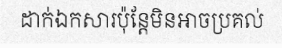
ដាក់ឯកសារប៉ុន្តែមិនអាចប្រគល់